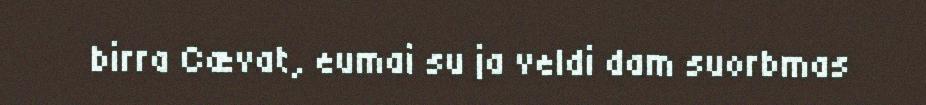
birra Cævat, eumai su ja veldi dam suorbmas